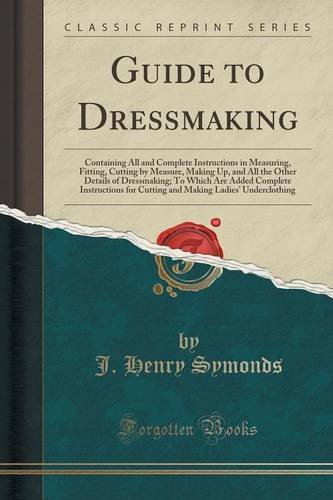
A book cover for Guide to Dressmaking: Containing All and Complete Instructions in Measuring, Fitting, Cutting by Measure, Making Up, and All the Other Details of ... for Cutting and Making Ladies' Underclothing; J. Henry Symonds; Crafts, Hobbies & Home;